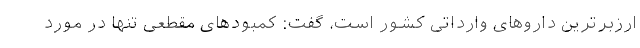
ارزبرترین داروهای وارداتی کشور است، گفت: کمبودهای مقطعی تنها در مورد